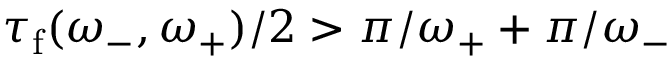
\tau _ { \mathrm { f } } ( \omega _ { - } , \omega _ { + } ) / 2 > \pi / \omega _ { + } + \pi / \omega _ { - }